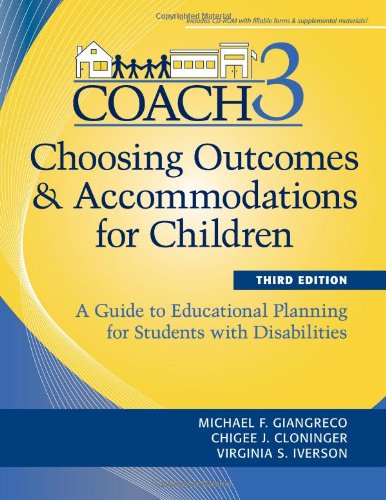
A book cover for Choosing Outcomes and Accomodations for Children (COACH): A Guide to Educational Planning for Students with Disabilities, Third Edition (Teachers' Guides to Inclusive Practices); Michael Giangreco Ph.D.; Education & Teaching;